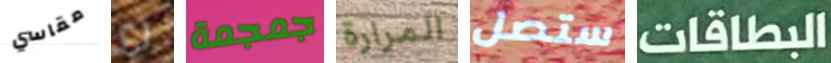
مقاسي رع جمجمة المرارة ستصل البطاقات